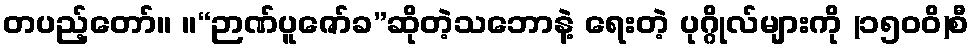
တပည့်တော်။ ။“ဉာဏ်ပူဇော်ခ”ဆိုတဲ့သဘောနဲ့ ရေးတဲ့ ပုဂ္ဂိုလ်များကို (၁၅၀၀ိ)စီ